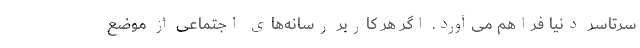
سرتاسر دنیا فراهم می‌آورد. اگر هر کاربر رسانه‌های اجتماعی از موضع